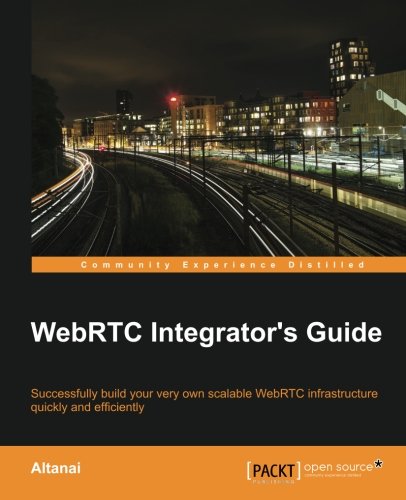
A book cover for WebRTC Integrators Guide; Altanai; Computers & Technology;